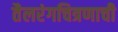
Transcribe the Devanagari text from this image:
तैलरंगचित्रणाची